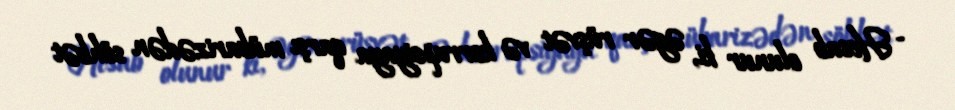
- Hesab olunur ki, əgər rüşvət və korrupsiyaya qarşı mübarizədən söhbət